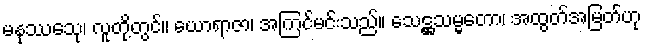
မနုဿေသု၊ လူတို့တွင်။ ယောရာဇာ၊ အကြင်မင်းသည်။ သေဋ္ဌသမ္မတော၊ အထွတ်အမြတ်ဟု